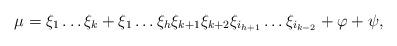
LaTeX: \begin{align*}\mu=\xi_1\dots\xi_k+\xi_1\dots\xi_{h}\xi_{k+1}\xi_{k+2}\xi_{i_{h+1}}\dots\xi_{i_{k-2}}+\varphi+\psi,\end{align*}